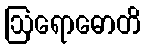
ဩရောဓောတိ